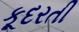
કૂદરતી